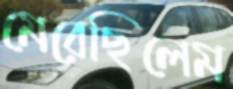
মেরেছিলেম